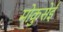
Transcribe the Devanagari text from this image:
मोकुसेई